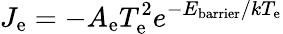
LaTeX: J_{\mathrm{{e}}}=-A_{\mathrm{{e}}}T_{\mathrm{{e}}}^{2}e^{-E_{\mathrm{{barrier}}}/kT_{\mathrm{{e}}}}